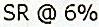
SR @ 6%